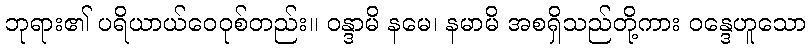
ဘုရား၏ ပရိယာယ်ဝေဝုစ်တည်း။ ဝန္ဒာမိ နမေ၊ နမာမိ အစရှိသည်တို့ကား ဝန္ဒေဟူသော